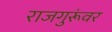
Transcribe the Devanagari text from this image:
राजगुरूंवर